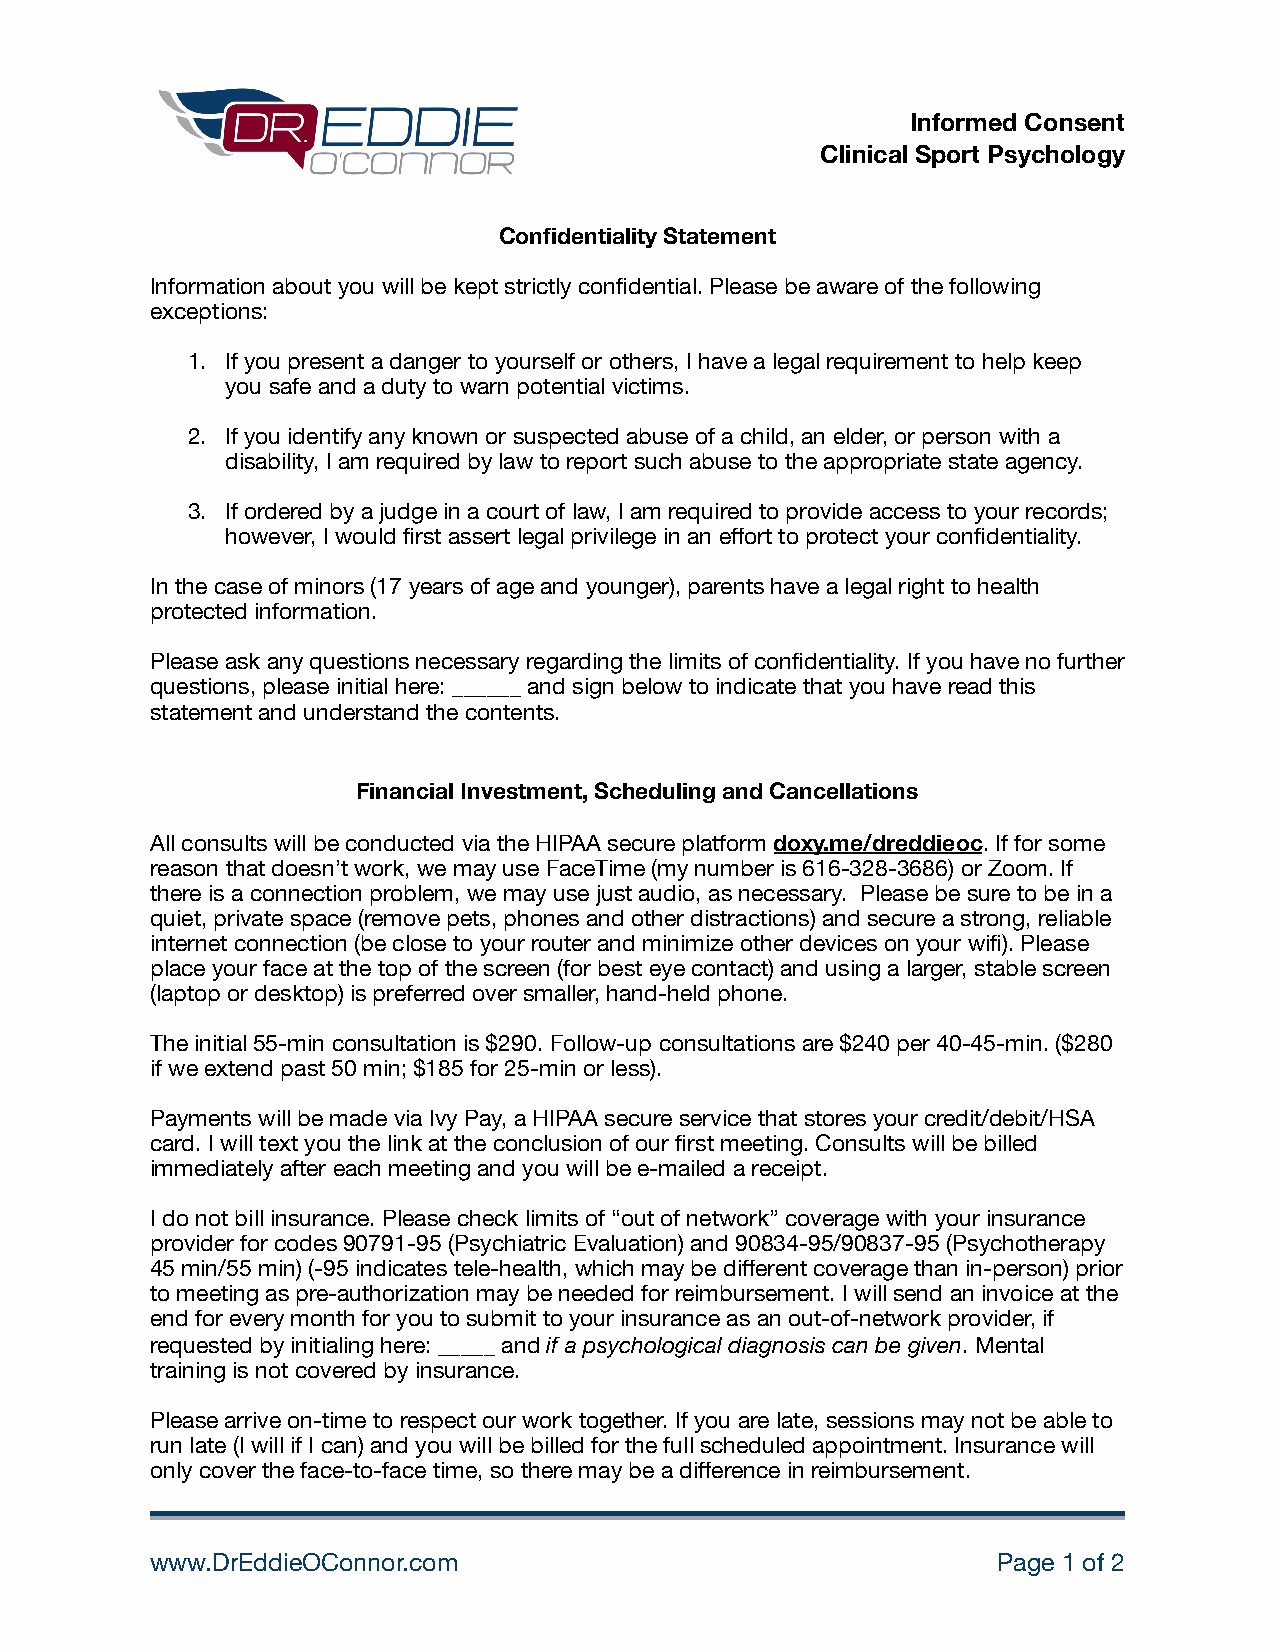
Informed Consent
 Clinical Sport Psychology
 Confidentiality Statement
 Information about you will be kept strictly confidential. Please be aware of the following
 exceptions:
 1. If you present a danger to yourself or others, I have a legal requirement to help keep
 you safe and a duty to warn potential victims.
 2. If you identify any known or suspected abuse of a child, an elder, or person with a
 disability, I am required by law to report such abuse to the appropriate state agency.
 3. If ordered by a judge in a court of law, I am required to provide access to your records;
 however, I would first assert legal privilege in an effort to protect your confidentiality.
 In the case of minors (17 years of age and younger), parents have a legal right to health
 protected information.
 Please ask any questions necessary regarding the limits of confidentiality. If you have no further
 questions, please initial here: ______ and sign below to indicate that you have read this
 statement and understand the contents.
 Financial Investment, Scheduling and Cancellations
 All consults will be conducted via the HIPAA secure platform doxy.me/dreddieoc. If for some
 reason that doesn’t work, we may use FaceTime (my number is 616-328-3686) or Zoom. If
 there is a connection problem, we may use just audio, as necessary. Please be sure to be in a
 quiet, private space (remove pets, phones and other distractions) and secure a strong, reliable
 internet connection (be close to your router and minimize other devices on your wifi). Please
 place your face at the top of the screen (for best eye contact) and using a larger, stable screen
 (laptop or desktop) is preferred over smaller, hand-held phone.
 The initial 55-min consultation is $290. Follow-up consultations are $240 per 40-45-min. ($280
 if we extend past 50 min; $185 for 25-min or less).
 Payments will be made via Ivy Pay, a HIPAA secure service that stores your credit/debit/HSA
 card. I will text you the link at the conclusion of our first meeting. Consults will be billed
 immediately after each meeting and you will be e-mailed a receipt.
 I do not bill insurance. Please check limits of “out of network” coverage with your insurance
 provider for codes 90791-95 (Psychiatric Evaluation) and 90834-95/90837-95 (Psychotherapy
 45 min/55 min) (-95 indicates tele-health, which may be different coverage than in-person) prior
 to meeting as pre-authorization may be needed for reimbursement. I will send an invoice at the
 end for every month for you to submit to your insurance as an out-of-network provider, if
 requested by initialing here: _____ and if a psychological diagnosis can be given. Mental
 training is not covered by insurance.
 Please arrive on-time to respect our work together. If you are late, sessions may not be able to
 run late (I will if I can) and you will be billed for the full scheduled appointment. Insurance will
 only cover the face-to-face time, so there may be a difference in reimbursement.
 www.DrEddieOConnor.com                                  Page 1 of 2